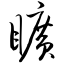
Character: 旷